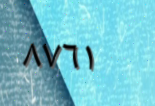
٨٧٦١